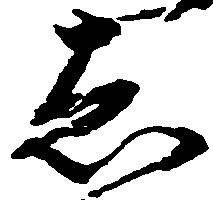
し